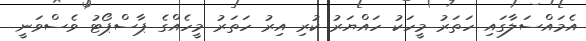
އެމައްސަލާގައި ހަތަރު މީހަކު ހައްޔަރު ކުރި އިރު ހަތަރު މީހެއްގެ ޕާސްޕޯޓު ވެސްވަނީ